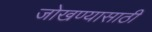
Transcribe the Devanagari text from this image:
जोखण्यासाठी